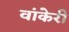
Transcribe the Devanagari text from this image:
वांकेरी